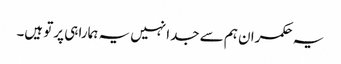
یہ حکمران ہم سے جدا نہیں یہ ہمارا ہی پرتو ہیں۔